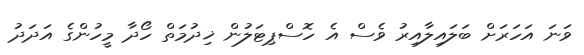
ވަނަ އަހަރަށް ބަލައިލާއިރު ވެސް އެ ހޮސްޕިޓަލުން ޚިދުމަތް ހޯދާ މީހުންގެ އަދަދު